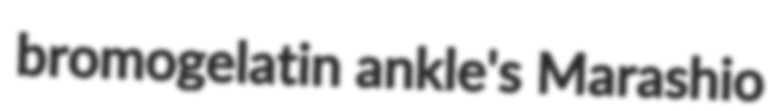
bromogelatin ankle's Marashio